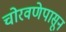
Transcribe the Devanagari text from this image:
चोरवणेपासून